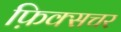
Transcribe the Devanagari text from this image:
फ़िक्सचर